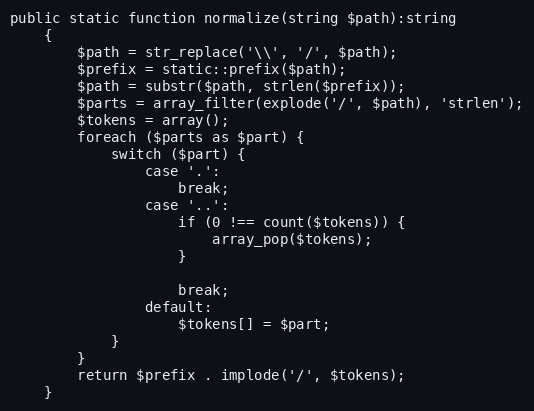
Language: PHP
public static function normalize(string $path):string
    {
        $path = str_replace('\\', '/', $path);
        $prefix = static::prefix($path);
        $path = substr($path, strlen($prefix));
        $parts = array_filter(explode('/', $path), 'strlen');
        $tokens = array();
        foreach ($parts as $part) {
            switch ($part) {
                case '.':
                    break;
                case '..':
                    if (0 !== count($tokens)) {
                        array_pop($tokens);
                    }

                    break;
                default:
                    $tokens[] = $part;
            }
        }
        return $prefix . implode('/', $tokens);
    }